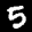
Label: 5